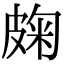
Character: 龾